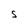
Character: S